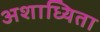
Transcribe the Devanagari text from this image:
अशाध्यिता